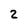
Character: 2